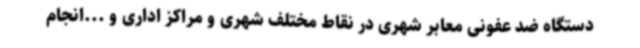
دستگاه ضد عفونی معابر شهری در نقاط مختلف شهری و مراکز اداری و ...انجام